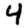
Digit: 4